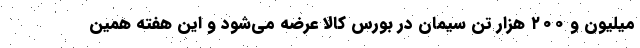
میلیون و ۲۰۰ هزار تن سیمان در بورس کالا عرضه می‌شود و این هفته همین